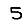
Digit: 5